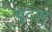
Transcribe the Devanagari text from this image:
घुटाए